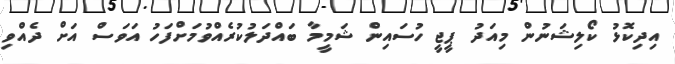
އިދިކޮޅު ކޯލިޝަނުން މިއަދު ޕީޖީ ހުސައިން ޝަމީމާ ބައްދަލުކުރެއްވުމަށްފަހު އަވަސް އަށް ދެއްވި